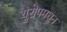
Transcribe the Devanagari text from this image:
युरोपमधुन